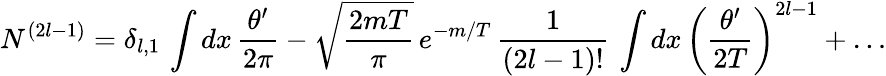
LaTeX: N^{(2l-1)}=\delta_{l,1}\, \int dx\, \frac{\theta^{\prime}}{2\pi}-\sqrt{\frac{2mT}{\pi}}\, e^{-m/T}\, \frac{1}{(2l-1)!}\, \int dx\, \left(\frac{\theta^{\prime}}{2T}\right)^{2l-1}+\dots